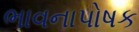
ભાવનાપોષક